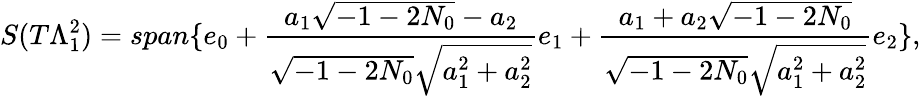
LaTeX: S(T\Lambda_{1}^{2})=span\{ e_{0}+\frac{a_{1}\sqrt{-1-2N_{0}}-a_{2}}{\sqrt{-1-2N_{0}}\sqrt{a_{1}^{2}+a_{2}^{2}}}e_{1}+\frac{a_{1}+a_{2}\sqrt{-1-2N_{0}}}{\sqrt{-1-2N_{0}}\sqrt{a_{1}^{2}+a_{2}^{2}}}e_{2}\} ,